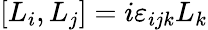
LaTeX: \left[L_{i},L_{j}\right]=i\varepsilon_{ijk}L_{k}